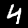
Label: 4